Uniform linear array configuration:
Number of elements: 32
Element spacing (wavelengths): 0.25
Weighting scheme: cosine
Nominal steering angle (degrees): -60
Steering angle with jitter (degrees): -60.162
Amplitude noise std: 0.05
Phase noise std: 0.05

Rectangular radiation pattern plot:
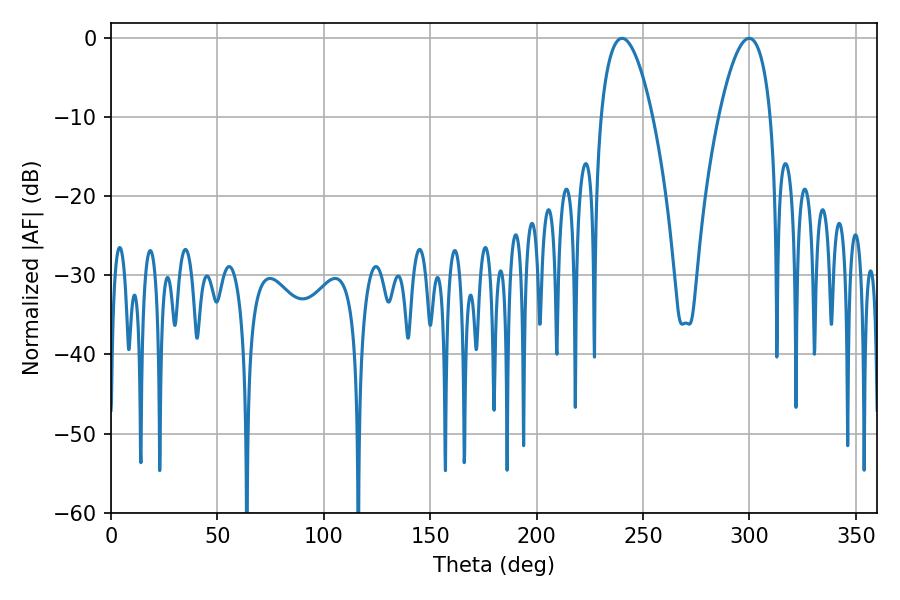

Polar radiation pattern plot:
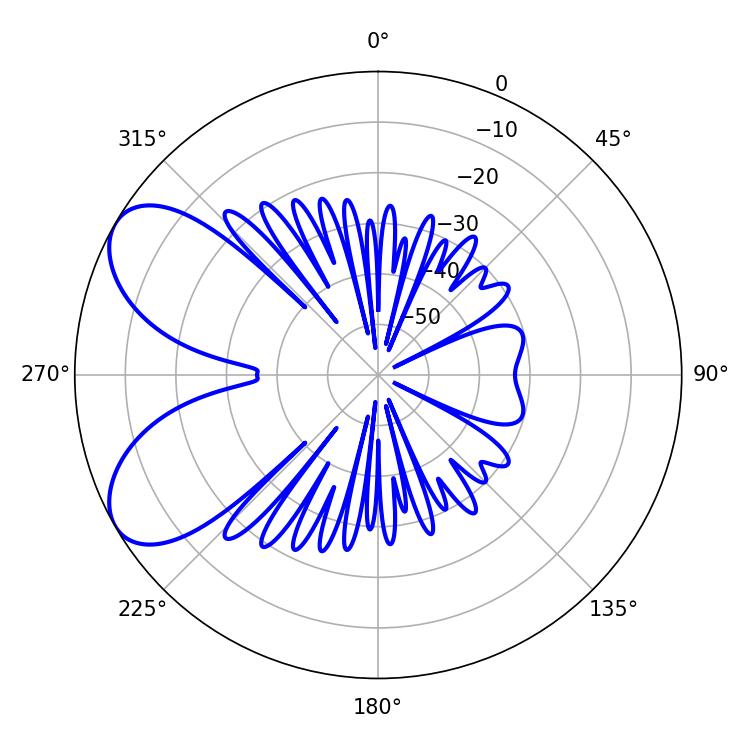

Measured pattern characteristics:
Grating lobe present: FALSE
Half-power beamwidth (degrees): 13.32
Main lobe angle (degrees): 240.12